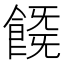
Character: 𩜚